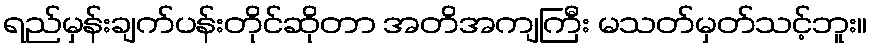
ရည်မှန်းချက်ပန်းတိုင်ဆိုတာ အတိအကျကြီး မသတ်မှတ်သင့်ဘူး။